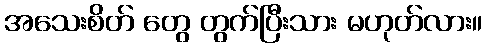
အသေးစိတ် တွေ တွက်ပြီးသား မဟုတ်လား။